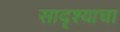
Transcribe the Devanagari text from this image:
सादृश्याचा